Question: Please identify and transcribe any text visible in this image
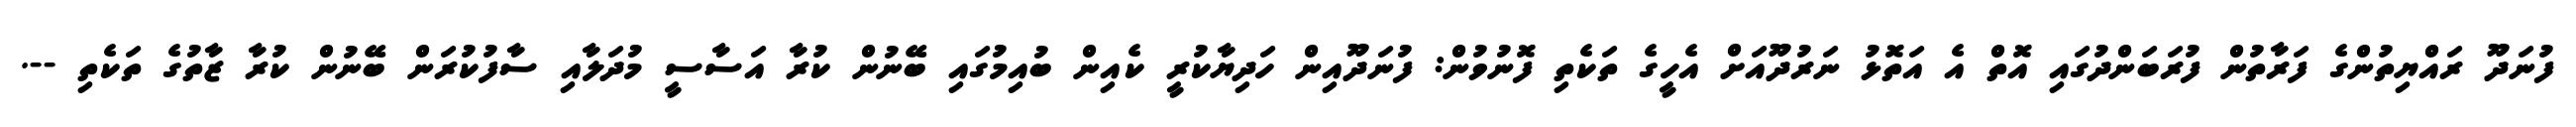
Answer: ފުނަދޫ ރައްޔިތުންގެ ފަރާތުން ފުރަބަންދުގައި އޮތް އެ އަތޮޅު ނަރުދޫއަށް އެހީގެ ތަކެތި ފޮނުވުން: ފުނަދޫއިން ހަދިޔާކުރީ ކެއިން ބުއިމުގައި ބޭނުން ކުރާ އަސާސީ މުދަލާއި ސާފުކުރަން ބޭނުން ކުރާ ޒާތުގެ ތަކެތި --.